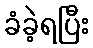
ခံခဲ့ရပြီး